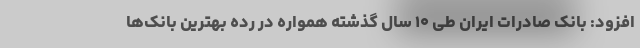
افزود: بانک صادرات ایران طی ۱۰ سال گذشته همواره در رده بهترین بانک‌ها